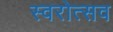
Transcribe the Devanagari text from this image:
स्वरोत्सव